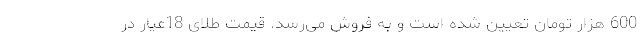
600 هزار تومان تعیین شده است و به فروش می‌رسد. قیمت طلای 18عیار در